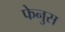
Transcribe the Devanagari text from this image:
फेनुस